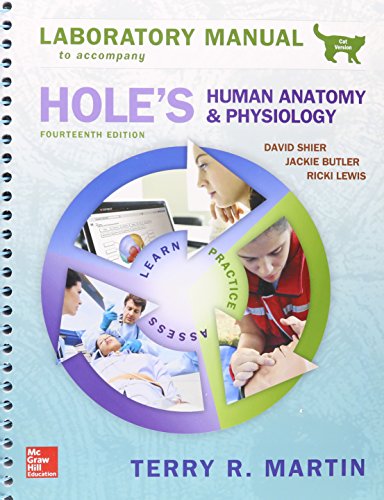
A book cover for Laboratory Manual for Hole's Human Anatomy & Physiology Cat Version; Terry Martin; Science & Math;